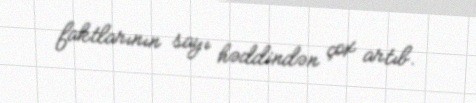
faktlarının sayı həddindən çox artıb.